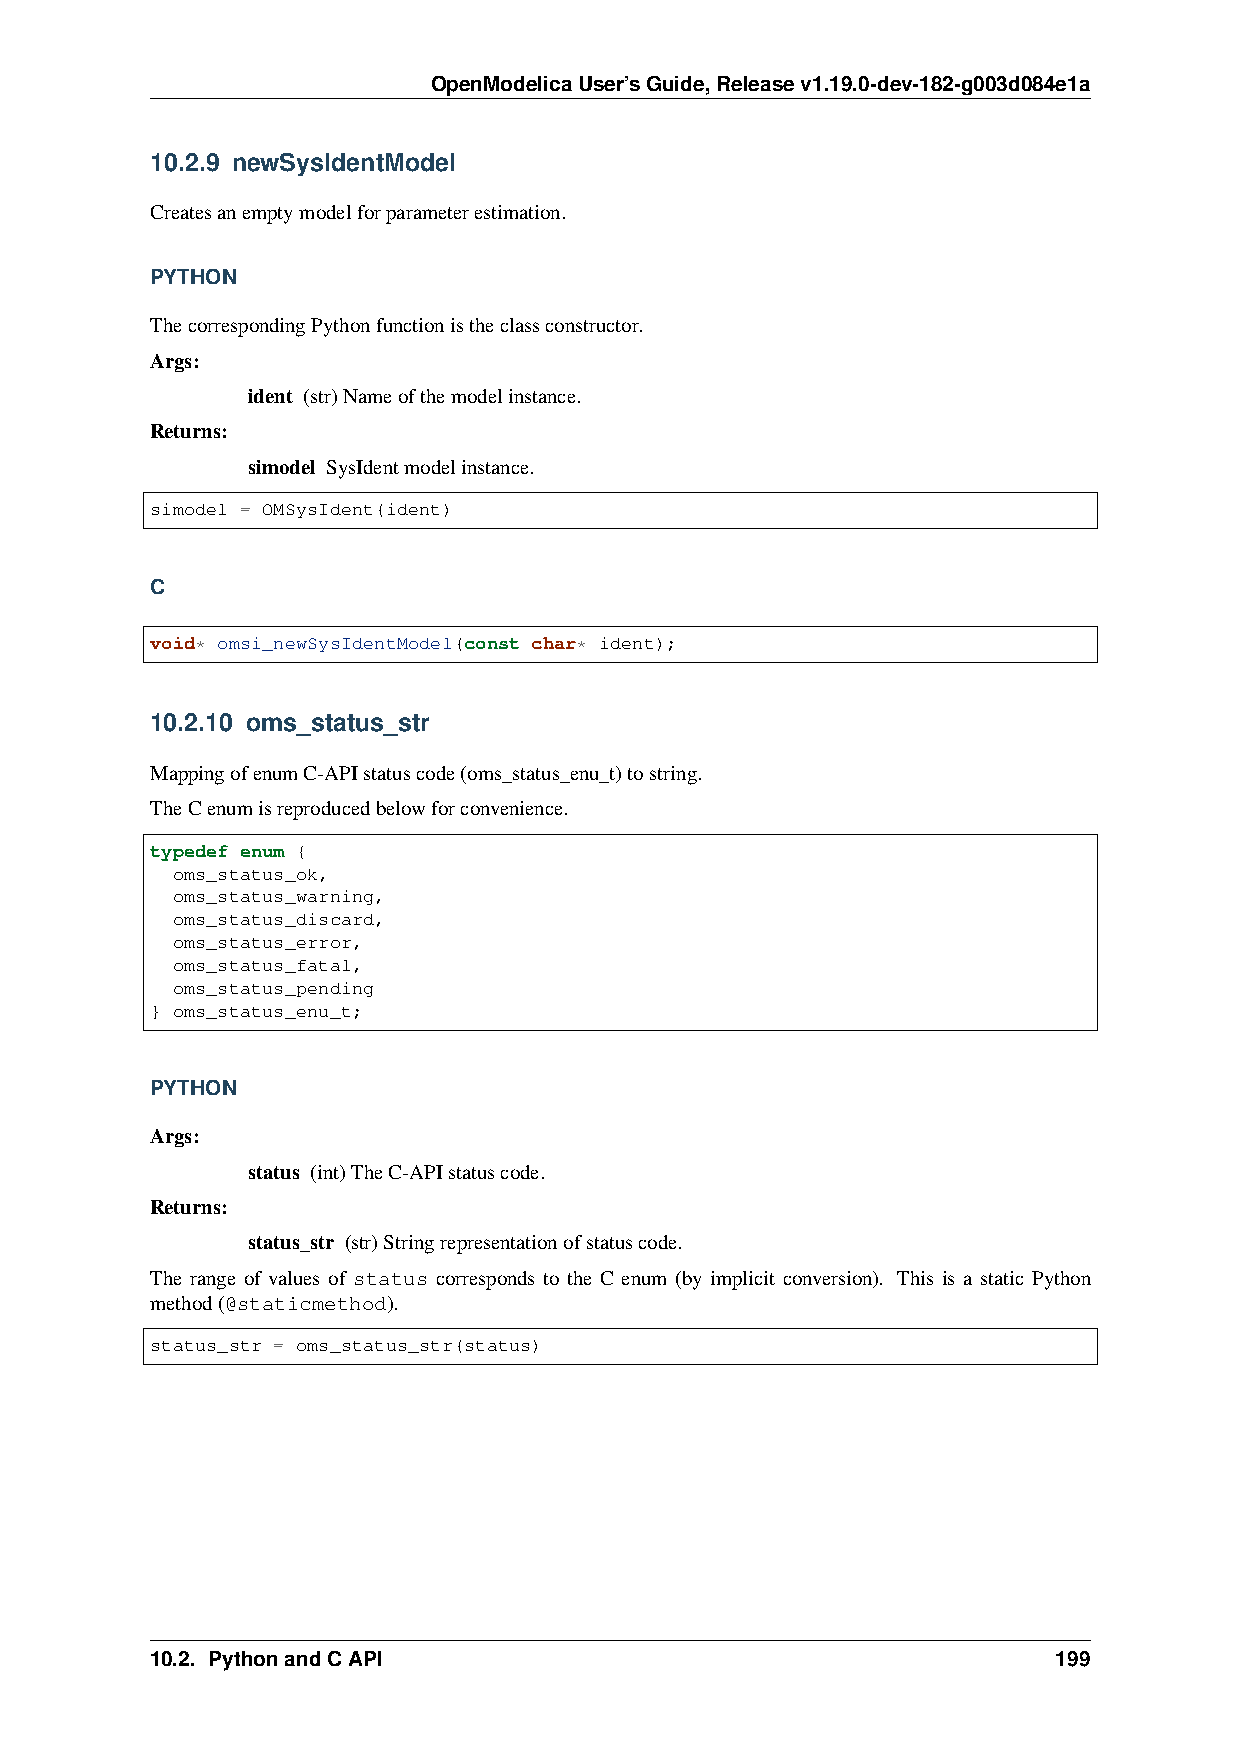
OpenModelicaUser’sGuide,Releasev1.19.0-dev-182-g003d084e1a
 10.2.9 newSysIdentModel
 Createsanemptymodelforparameterestimation.
 PYTHON
 ThecorrespondingPythonfunctionistheclassconstructor.
 Args:
 ident (str)Nameofthemodelinstance.
 Returns:
 simodel SysIdentmodelinstance.
 simodel = OMSysIdent(ident)
 C
 void* omsi_newSysIdentModel(const char* ident);
 10.2.10 oms_status_str
 MappingofenumC-APIstatuscode(oms_status_enu_t)tostring.
 TheCenumisreproducedbelowforconvenience.
 typedef enum {
 oms_status_ok,
 oms_status_warning,
 oms_status_discard,
 oms_status_error,
 oms_status_fatal,
 oms_status_pending
 } oms_status_enu_t;
 PYTHON
 Args:
 status (int)TheC-APIstatuscode.
 Returns:
 status_str (str)Stringrepresentationofstatuscode.
 The range of values of status corresponds to the C enum (by implicit conversion). This is a static Python
 method(@staticmethod).
 status_str = oms_status_str(status)
 10.2. PythonandCAPI                                         199